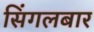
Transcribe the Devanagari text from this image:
सिंगलबार